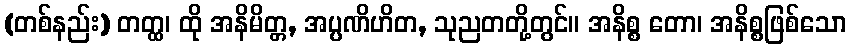
(တစ်နည်း) တတ္ထ၊ ထို အနိမိတ္တ, အပ္ပဏိဟိတ, သုညတတို့တွင်။ အနိစ္စ တော၊ အနိစ္စဖြစ်သော